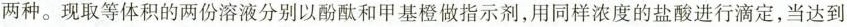
两种。现取等体积的两份溶液分别以酚酞和甲基橙做指示剂，用同样浓度的盐酸进行滴定，当达到